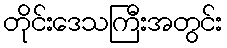
တိုင်းဒေသကြီးအတွင်း